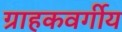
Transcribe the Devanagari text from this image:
ग्राहकवर्गीय